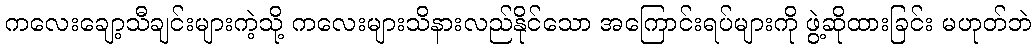
ကလေးချော့သီချင်းများကဲ့သို့ ကလေးများသိနားလည်နိုင်သော အကြောင်းရပ်များကို ဖွဲ့ဆိုထားခြင်း မဟုတ်ဘဲ